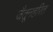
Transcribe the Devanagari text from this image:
जैतूनहरित